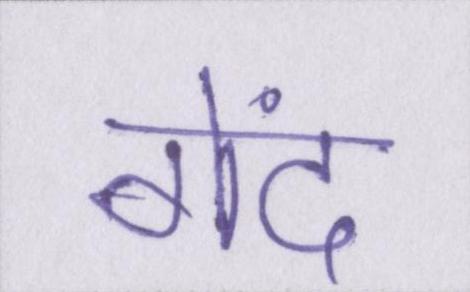
गेंद